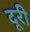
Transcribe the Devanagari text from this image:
दूरी